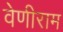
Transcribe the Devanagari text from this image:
वेणीराम